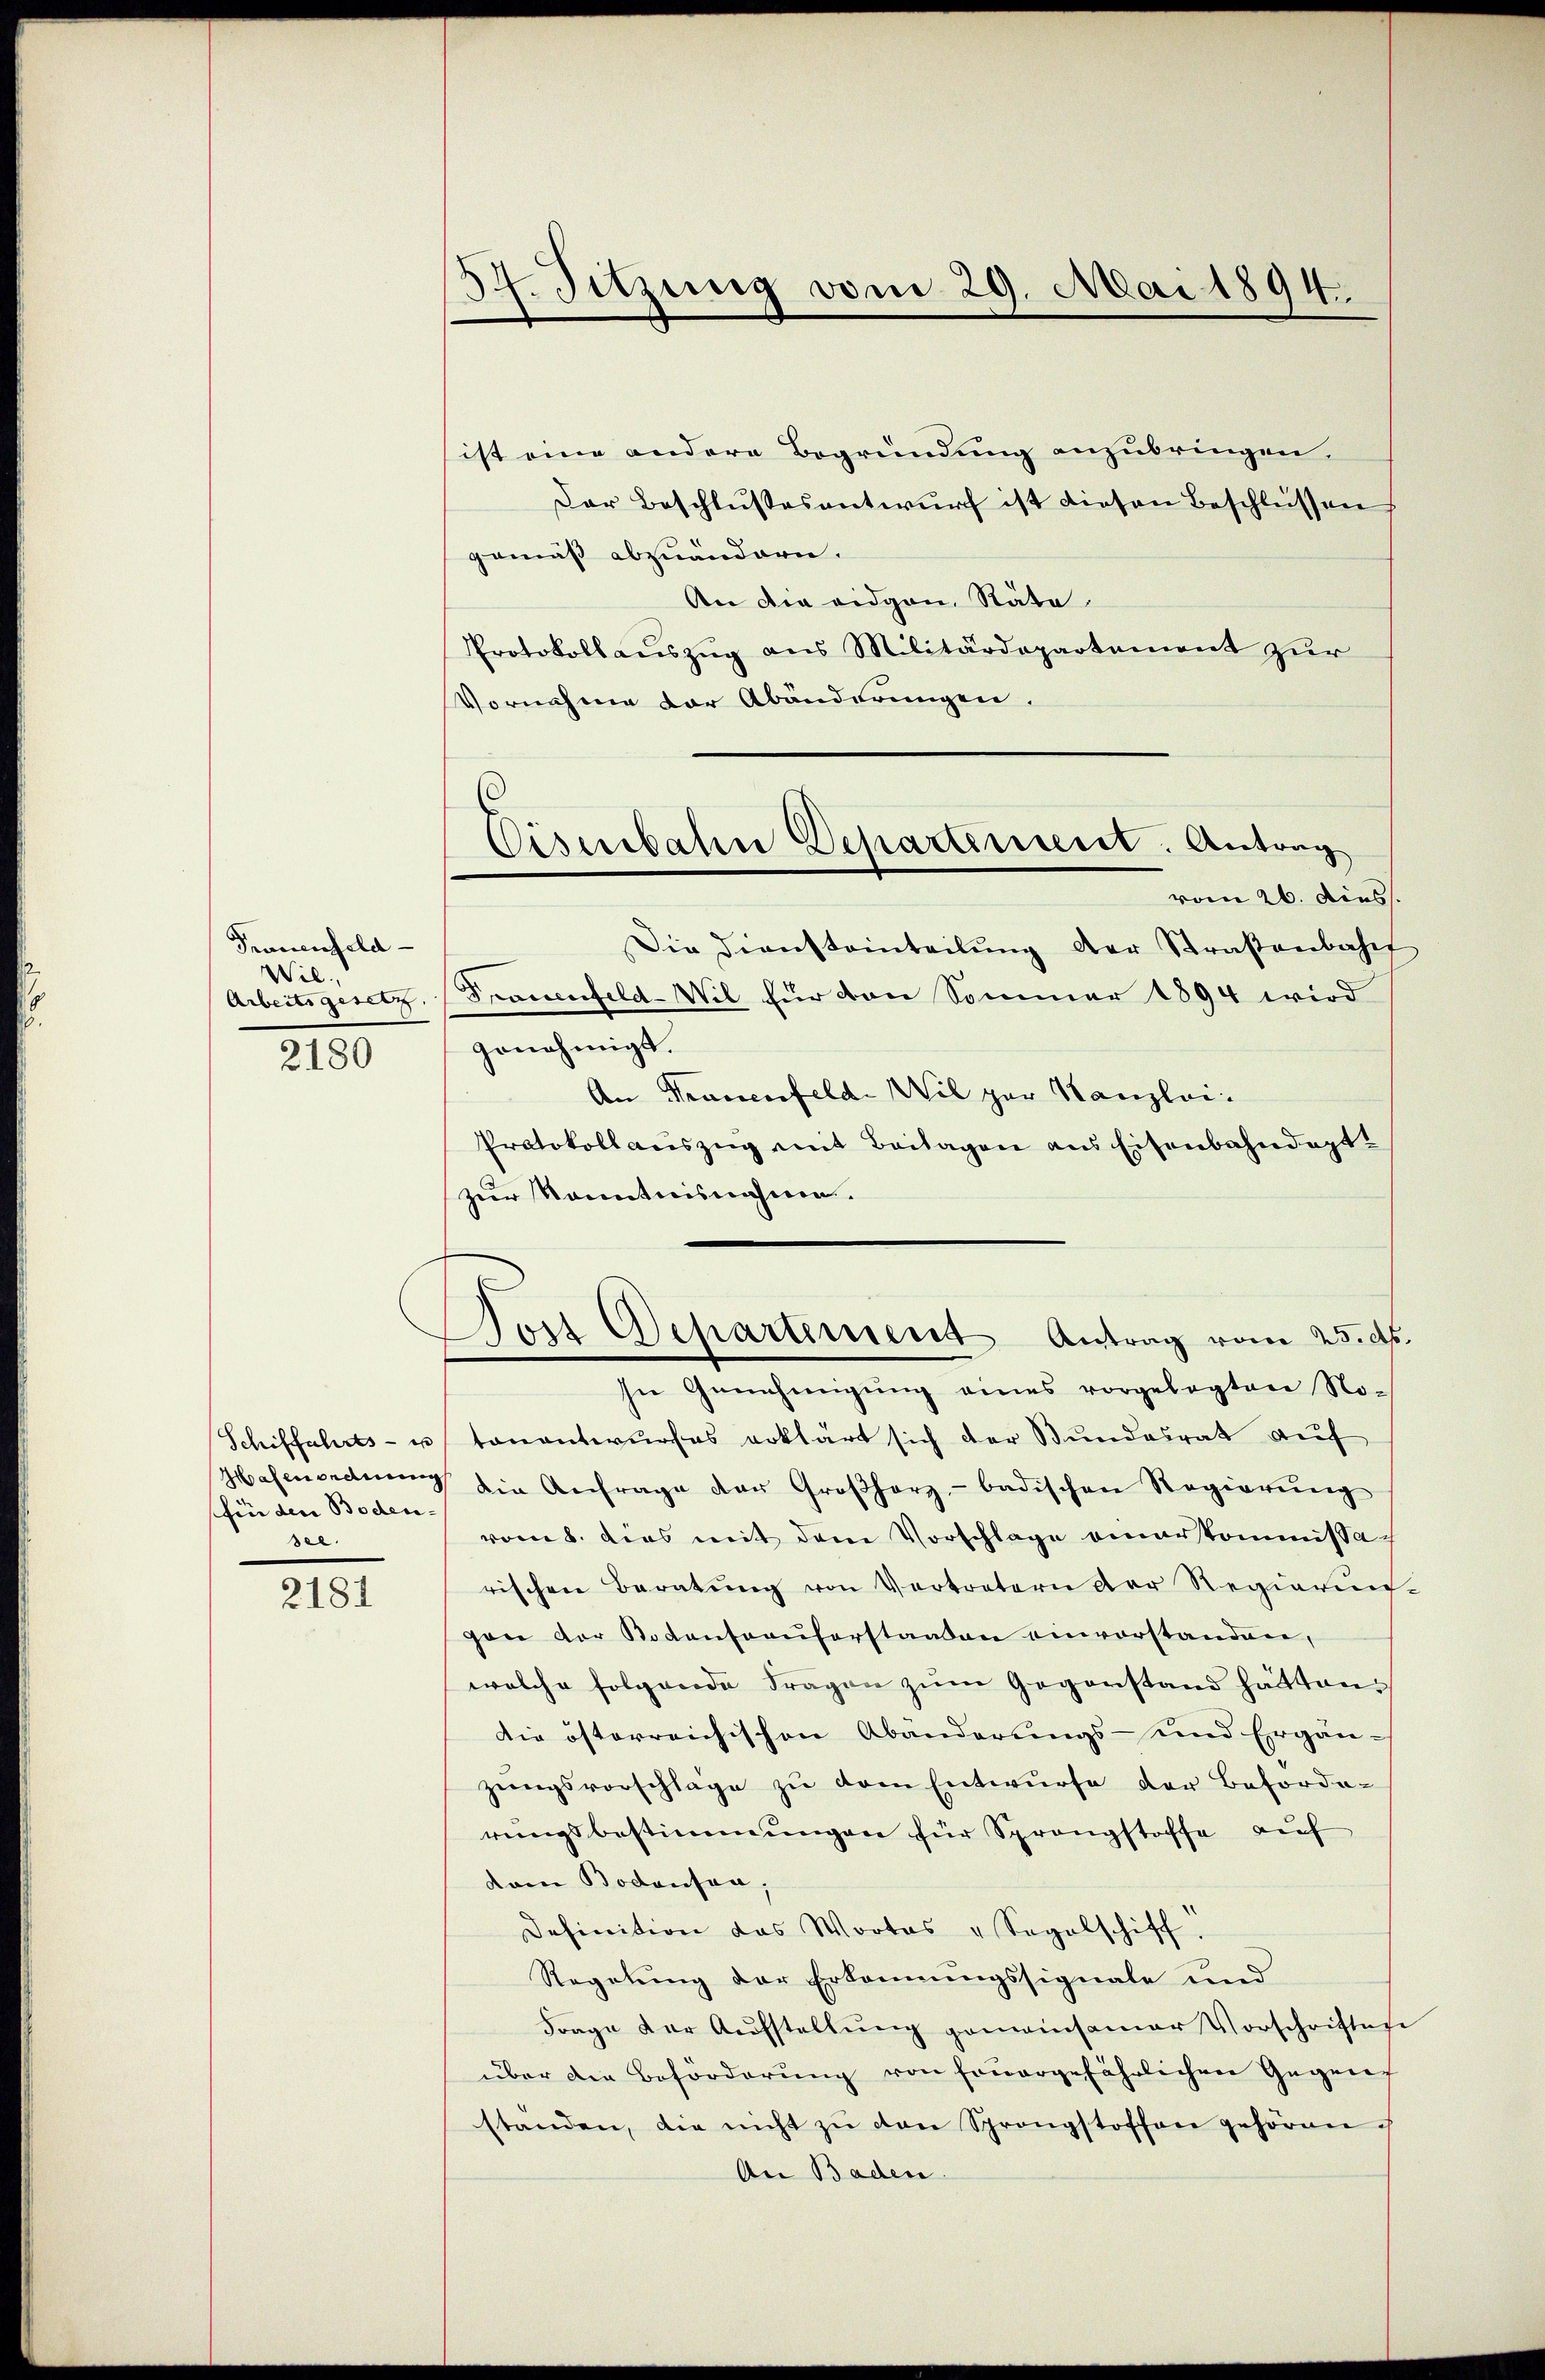
Frauenfeld-
Wil.

2180

fin den Boden- |
see.

2181

ist eine andere Begründung anzubringen.
Der Beschlußesentwurf ist diesen Beschlüssen
gemäß abzuändern.
An die eidgen. Räte
Protokoll aŭszŭg aŭs Militärdepartement zŭr
Vornahme der Abänderungen.
Die Diensteinteilŭng der Straßenbahn
Arbeitsgesetz, (Trauenfeld-Wil für den Sommer 1894 wird
genehmigt.
An Frauenfeld. Wil zur Kanzlei.
Protokollauszug mit Beilagen aus Eisenbahndeptzur Kenntnisnahmen.
Dort Departement Antrag vom 25. d.
In Genehmigung eines vorgelegten No-
Schiffahrts- u tanentwurfes erklärt sich der Bundesrat auf
Hasenordnung die Anfrage der Großherz- badischen Regierŭng
vom 8. dies mit dem Vorschlage einerkommissarischen Beratŭng von Vertretern der Regierun
gen der Potenfraŭforstaaten einverstanden,
welche folgende Fragen zŭm Gegenstand hätten.
die österreichischen Abänderungs- und Ergän-
zungsvorschläge zu dem Entwurfe der Beforderŭngsbestimmungen für Sprengstoffe auf
dem Bodensen,
Definition das Wortes " Sagelschiff
Regelung der Erkennungssignale und
Frage der Aŭfstellŭng gemeinsamer Vorschriften
über die Beförderung von feuergefährlichen Gegens
standen, die nicht zŭ den Sprengstoffen gehören.
An Baden.

34. Sitzung vom 29. Mai 1894.

Eisenbahn Departiment: Antrag
vom 26. Diess.